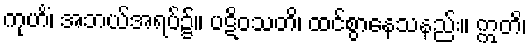
ကုဟိံ၊ အဘယ်အရပ်၌။ ပဋိဝသတိ၊ ထင်စွာနေသနည်း။ ဣတိ၊